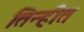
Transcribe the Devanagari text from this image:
तिन्हीत